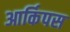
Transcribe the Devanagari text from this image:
आर्किपस